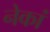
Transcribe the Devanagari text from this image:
नेकां